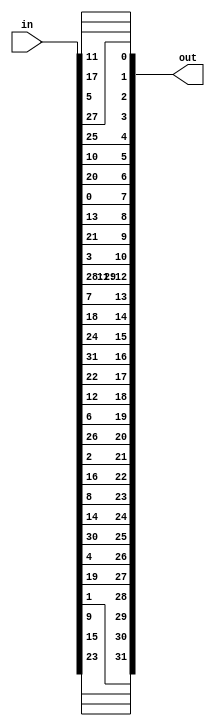
`timescale 1ns / 1ps

module invFeistel(in,out);

input [32:1] in;
output [32:1] out;

wire [32:1] in;

assign out[32:1] = {
            in[33 - 9], in[33 -  17], in[33 - 23], in[33 - 31], in[33 - 13], in[33 - 28], in[33 - 2], in[33 - 18],
            in[33 -  24], in[33 - 16], in[33 - 30], in[33 - 6], in[33 -  26], in[33 - 20], in[33 - 10], in[33 - 1],
            in[33 -  8], in[33 -  14], in[33 - 25], in[33 - 3], in[33 - 4], in[33 - 29], in[33 - 11], in[33 -  19],
            in[33 - 32], in[33 - 12], in[33 - 22], in[33 -  7], in[33 - 5], in[33 - 27], in[33 -  15], in[33 - 21]};

endmodule